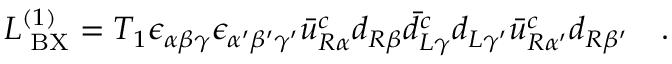
{ \cal L } _ { \mathrm { \tiny ~ B X } } ^ { ( 1 ) } = T _ { 1 } \epsilon _ { \alpha \beta \gamma } \epsilon _ { \alpha ^ { \prime } \beta ^ { \prime } \gamma ^ { \prime } } \bar { u } _ { R \alpha } ^ { c } d _ { R \beta } \bar { d } _ { L \gamma } ^ { c } d _ { L \gamma ^ { \prime } } \bar { u } _ { R \alpha ^ { \prime } } ^ { c } d _ { R \beta ^ { \prime } } \quad .